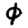
Digit: 0